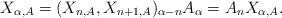
LaTeX: \begin{align*}X_{\alpha,A} = (X_{n,A}, X_{n+1,A})_{\alpha - n} A_{\alpha} = A_{n} X_{\alpha,A}.\end{align*}